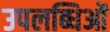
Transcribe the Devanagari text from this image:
उपलब्धिओं